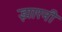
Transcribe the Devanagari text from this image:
झारनी